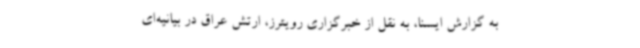
به گزارش ایسنا، به نقل از خبرگزاری رویترز، ارتش عراق در بیانیه‌ای